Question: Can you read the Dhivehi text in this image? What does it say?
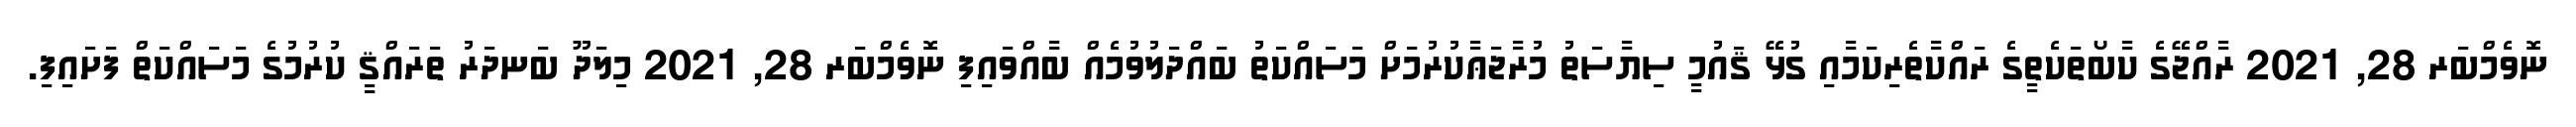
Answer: ނޮވެމްބަރ 28, 2021 ރާއްޖޭގެ ކާބޯތަކެތީގެ ރައްކާތެރިކަމާއި ގުޅޭ ޤައުމީ ސިޔާސަތު މުރާޖަޢާކުރުމަށް މަސައްކަތު ބައްދަލުވުމެއް ބާއްވައިފި ނޮވެމްބަރ 28, 2021 މިލަދޫ ބަނދަރު ތަރައްޤީ ކުރުމުގެ މަސައްކަތް ފަށައިފި.